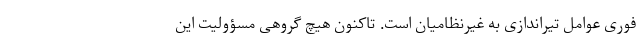
فوری عوامل تیراندازی به غیرنظامیان است. تاکنون هیچ گروهی مسؤولیت این